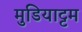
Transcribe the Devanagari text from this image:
मुडियाट्टम